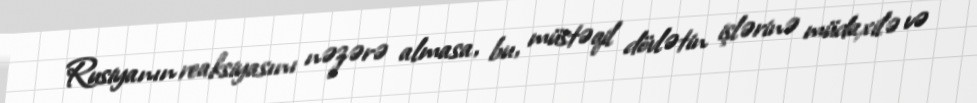
Rusiyanın reaksiyasını nəzərə almasa, bu, müstəqil dövlətin işlərinə müdaxilə və